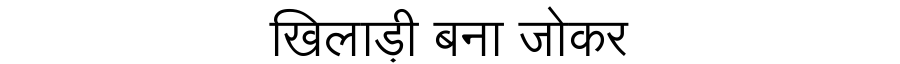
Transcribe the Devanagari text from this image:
खिलाड़ी बना जोकर